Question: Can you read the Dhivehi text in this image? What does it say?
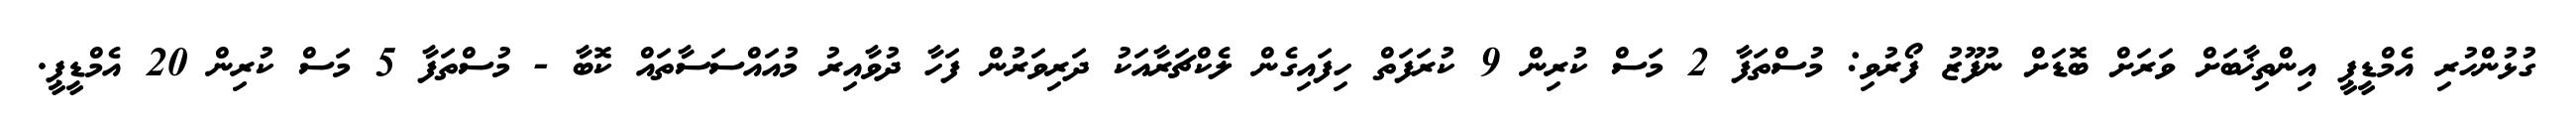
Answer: ގުޅުންހުރި އެމްޑީޕީ އިންތިޚާބަށް ވަރަށް ބޮޑަށް ނުފޫޒު ފޯރުވި: މުސްތަފާ 2 މަސް ކުރިން 9 ކުރަފަތް ހިފައިގެން ލެކްޗަރާއަކު ދަރިވަރުން ފަހާ ދުވާއިރު މުއައްސަސާތައް ކޮބާ - މުސްތަފާ 5 މަސް ކުރިން 20 އެމްޑީޕީ.